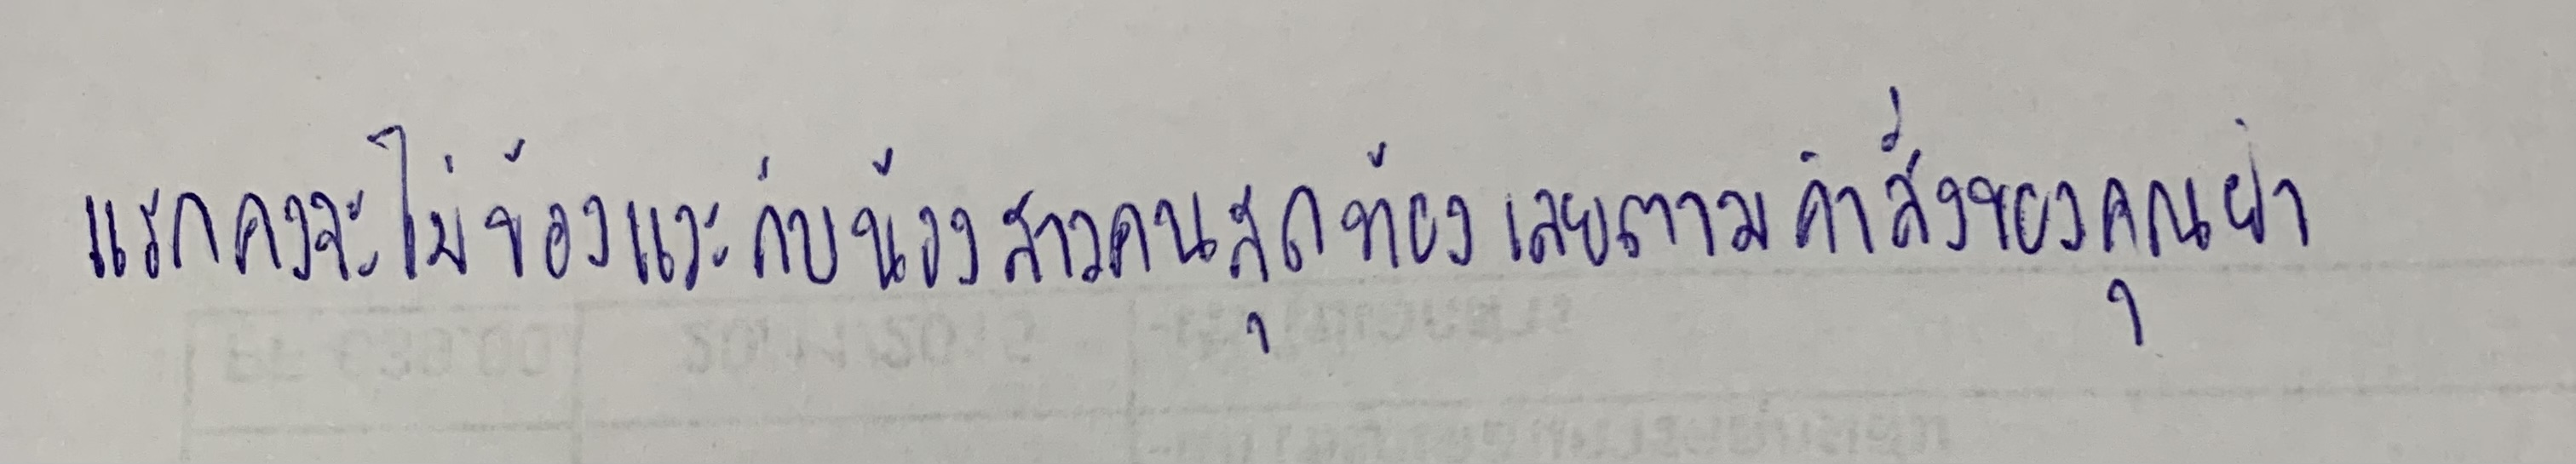
แรกคงจะไม่ข้องแวะกับน้องสาวคนสุดท้องเลยตามคำสั่งของคุณย่า